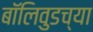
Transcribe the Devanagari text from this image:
बॉलिवुडच्या